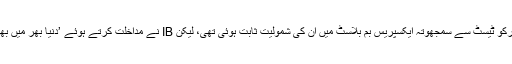
بعد ازاں نومبر 2008ء میں مالیگاؤں 2008ء کے ملزم لیفٹیننٹ کرنل پروہت کے نارکو ٹیسٹ سے سمجھوتہ ایکسپریس بم بلاسٹ میں ان کی شمولیت ثابت ہوئی تھی، لیکن IB نے مداخلت کرتے ہوئے ’دنیا بھر میں بھارت کی بدنامی‘ کا خوف دلاکر مہاراشٹر ATS کو مزید تفتیش کرنے سے باز رکھا۔